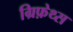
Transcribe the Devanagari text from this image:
ग्रिफ़ेथ्स